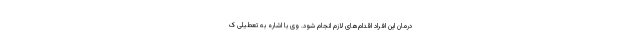
درمان این افراد اقدام‌های لازم انجام شود. وی با اشاره به تعطیلی ک